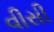
વીસી